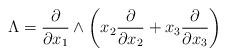
LaTeX: \begin{align*}\Lambda = \frac{\partial}{\partial x_{1}} \wedge \left(x_{2}\frac{\partial}{\partial x_{2}} + x_{3}\frac{\partial}{\partial x_{3}}\right)\end{align*}